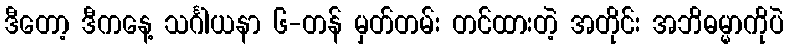
ဒီတော့ ဒီကနေ့ သင်္ဂါယနာ ၆-တန် မှတ်တမ်း တင်ထားတဲ့ အတိုင်း အဘိဓမ္မာကိုပဲ